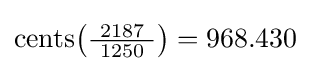
\operatorname {cents} \!\left({\tfrac {2187}{\ 1250\ }}\right)=968.430